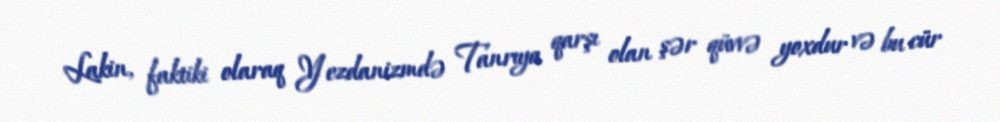
Lakin, faktiki olaraq Yezdanizmdə Tanrıya qarşı olan şər qüvvə yoxdur və bu cür